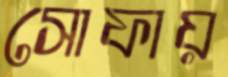
সোফায়